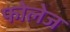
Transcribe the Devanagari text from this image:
फोलेज